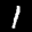
Label: 1